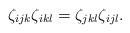
\begin{align*}\zeta_{ijk}\zeta_{ikl} = \zeta_{jkl}\zeta_{ijl}.\end{align*}